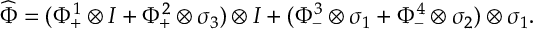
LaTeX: \widehat { \Phi } = ( \Phi _ { + } ^ { 1 } \otimes I + \Phi _ { + } ^ { 2 } \otimes \sigma _ { 3 } ) \otimes I + ( \Phi _ { - } ^ { 3 } \otimes \sigma _ { 1 } + \Phi _ { - } ^ { 4 } \otimes \sigma _ { 2 } ) \otimes \sigma _ { 1 } .